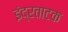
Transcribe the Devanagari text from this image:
इंद्रताटक